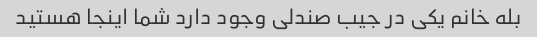
بله خانم یکی در جیب صندلی وجود دارد شما اینجا هستید